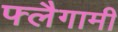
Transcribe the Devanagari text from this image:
फ्लैगामी